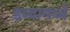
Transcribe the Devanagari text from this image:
डब्यामध्ये